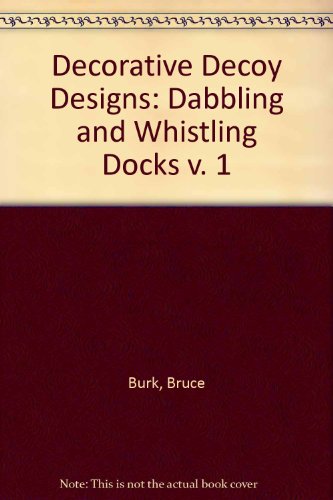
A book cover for Decorative Decoy Designs: Dabbling and Whistling Ducks; Bruce Burk; Travel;